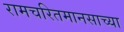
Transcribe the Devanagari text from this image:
रामचरितमानसाच्या